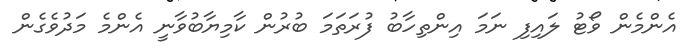
އެންމެން ވޯޓު ލައިފި ނަމަ އިންތިހާބު ފުރަތަމަ ބުރުން ކާމިޔާބުވާނީ އެންމެ މަދުވެގެން